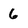
Character: 6